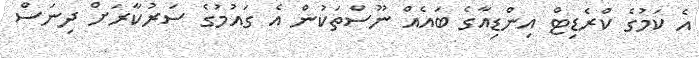
އެ ކަމުގެ ކްރެޑިޓް އިންޑިއާގެ ބައެއް ނޫސްތަކުން އެ ގައުމުގެ ސަރުކާރަށް ދިނަސް